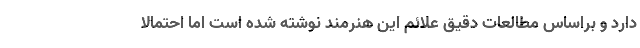
دارد و براساس مطالعات دقیق علائم این هنرمند نوشته شده است اما احتمالا